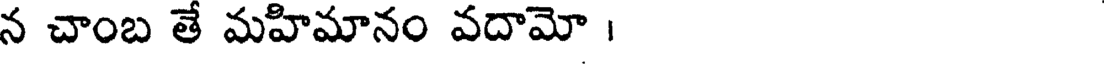
న చాంబ తే మహిమానం వదామో ।